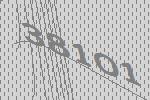
38101